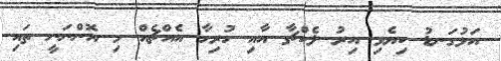
އަޅުގަނޑު ކިޔެވި އިރު ލެކްޗާ އާއި ހުރިހާ އެއްޗެއް މި އޮންނަނީ ތައި